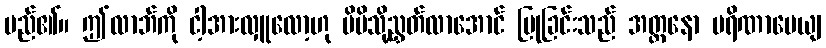
မည်၏။ ဤလာဘ်ကို ငါ့အားလှူလော့ဟု မိမိသို့ညွှတ်လာအောင် ပြုခြင်းသည် အတ္တနော ပရိဏာမေယျ